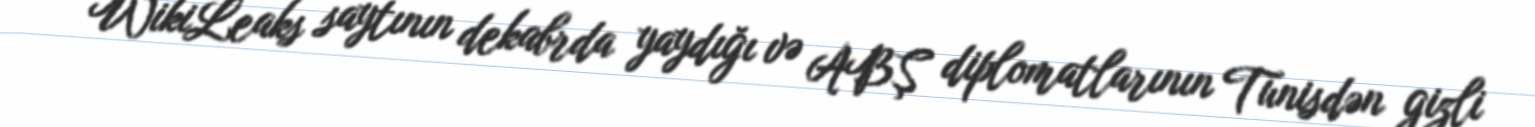
WikiLeaks saytının dekabrda yaydığı və ABŞ diplomatlarının Tunisdən gizli